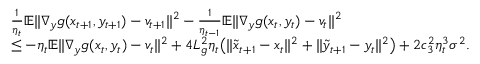
\begin{array} { r l } & { \frac { 1 } { \eta _ { t } } \mathbb { E } \| \nabla _ { y } g ( x _ { t + 1 } , y _ { t + 1 } ) - v _ { t + 1 } \| ^ { 2 } - \frac { 1 } { \eta _ { t - 1 } } \mathbb { E } \| \nabla _ { y } g ( x _ { t } , y _ { t } ) - v _ { t } \| ^ { 2 } } \\ & { \leq - \eta _ { t } \mathbb { E } \| \nabla _ { y } g ( x _ { t } , y _ { t } ) - v _ { t } \| ^ { 2 } + 4 L _ { g } ^ { 2 } \eta _ { t } \big ( \| \tilde { x } _ { t + 1 } - x _ { t } \| ^ { 2 } + \| \tilde { y } _ { t + 1 } - y _ { t } \| ^ { 2 } \big ) + 2 c _ { 3 } ^ { 2 } \eta _ { t } ^ { 3 } \sigma ^ { 2 } . } \end{array}